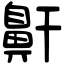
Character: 鼾